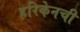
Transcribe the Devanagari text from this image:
हरिकेनची